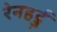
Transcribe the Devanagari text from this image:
रेनहर्ट्ज़